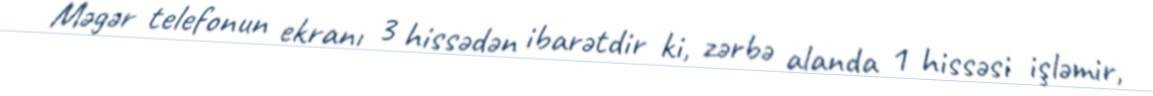
Məgər telefonun ekranı 3 hissədən ibarətdir ki, zərbə alanda 1 hissəsi işləmir,